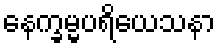
နေက္ခမ္မပရိယေသနာ